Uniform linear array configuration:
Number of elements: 24
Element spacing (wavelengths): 1
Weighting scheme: kaiser
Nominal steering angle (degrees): -60
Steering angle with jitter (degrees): -60.982
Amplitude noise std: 0.05
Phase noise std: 0.05

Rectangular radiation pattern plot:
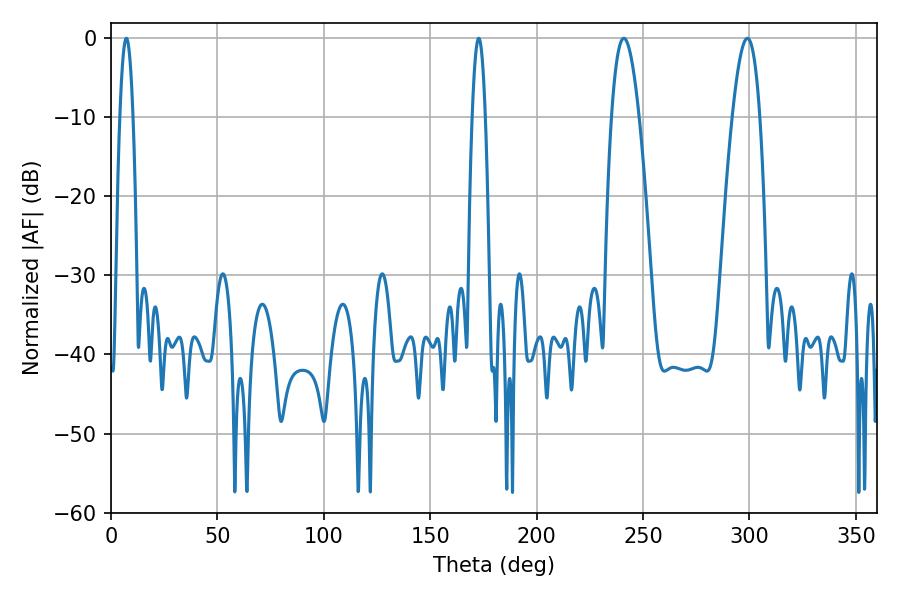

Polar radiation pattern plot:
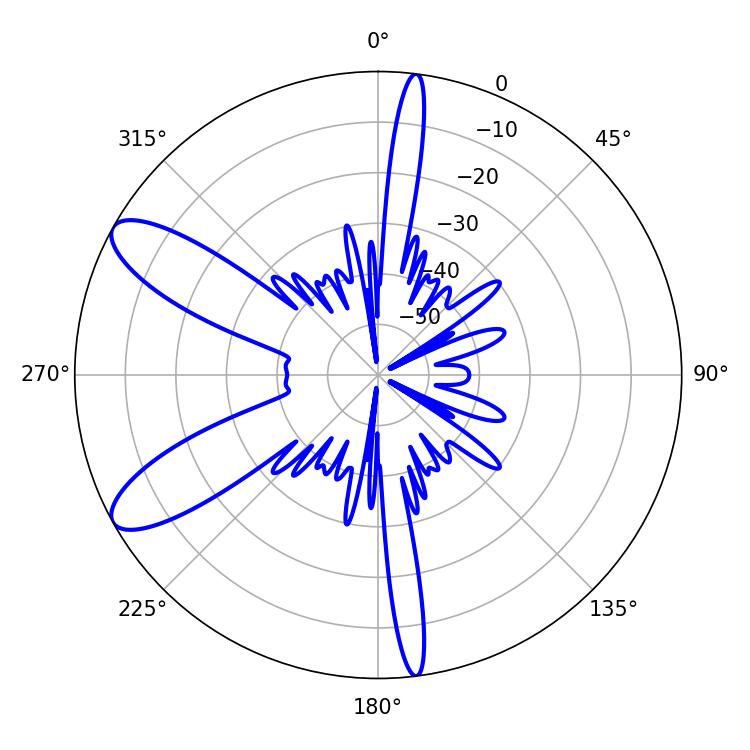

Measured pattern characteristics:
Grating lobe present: TRUE
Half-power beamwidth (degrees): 3.24
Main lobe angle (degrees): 7.2